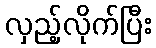
လှည့်လိုက်ပြီး